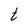
Character: t